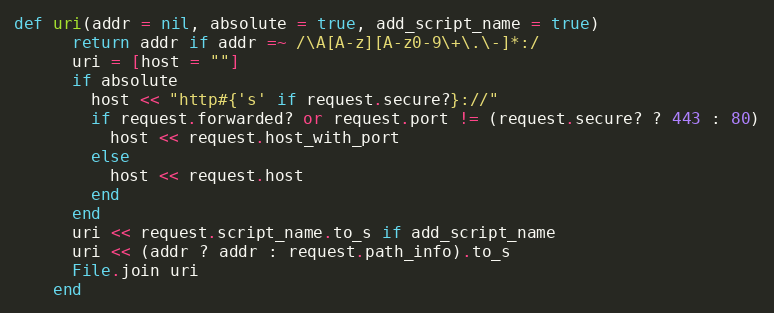
Language: Ruby
def uri(addr = nil, absolute = true, add_script_name = true)
      return addr if addr =~ /\A[A-z][A-z0-9\+\.\-]*:/
      uri = [host = ""]
      if absolute
        host << "http#{'s' if request.secure?}://"
        if request.forwarded? or request.port != (request.secure? ? 443 : 80)
          host << request.host_with_port
        else
          host << request.host
        end
      end
      uri << request.script_name.to_s if add_script_name
      uri << (addr ? addr : request.path_info).to_s
      File.join uri
    end